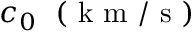
c _ { 0 } \; ~ ( \mathrm { ~ k ~ m ~ } / \mathrm { ~ s ~ } )